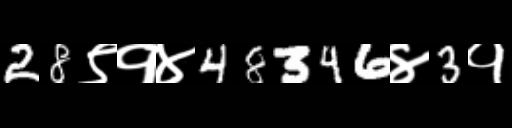
Text: 28९१४48346४3१